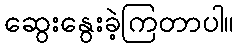
ဆွေးနွေးခဲ့ကြတာပါ။